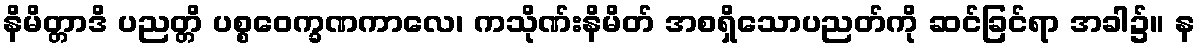
နိမိတ္တာဒိ ပညတ္တိ ပစ္စဝေက္ခဏကာလေ၊ ကသိုဏ်းနိမိတ် အစရှိသောပညတ်ကို ဆင်ခြင်ရာ အခါ၌။ န